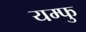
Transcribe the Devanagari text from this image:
यम्फु